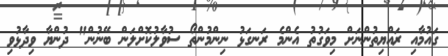
ގައުމާއި ރައްޔިތުންނަށް މިވަގުތު އެންމެ ރަނގަޅު ނިންމުންތޯ ސުވާލުކޮށްލަން ބޭނުން" ދުންޔާ ވިދާޅުވި